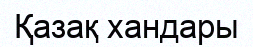
Қазақ хандары